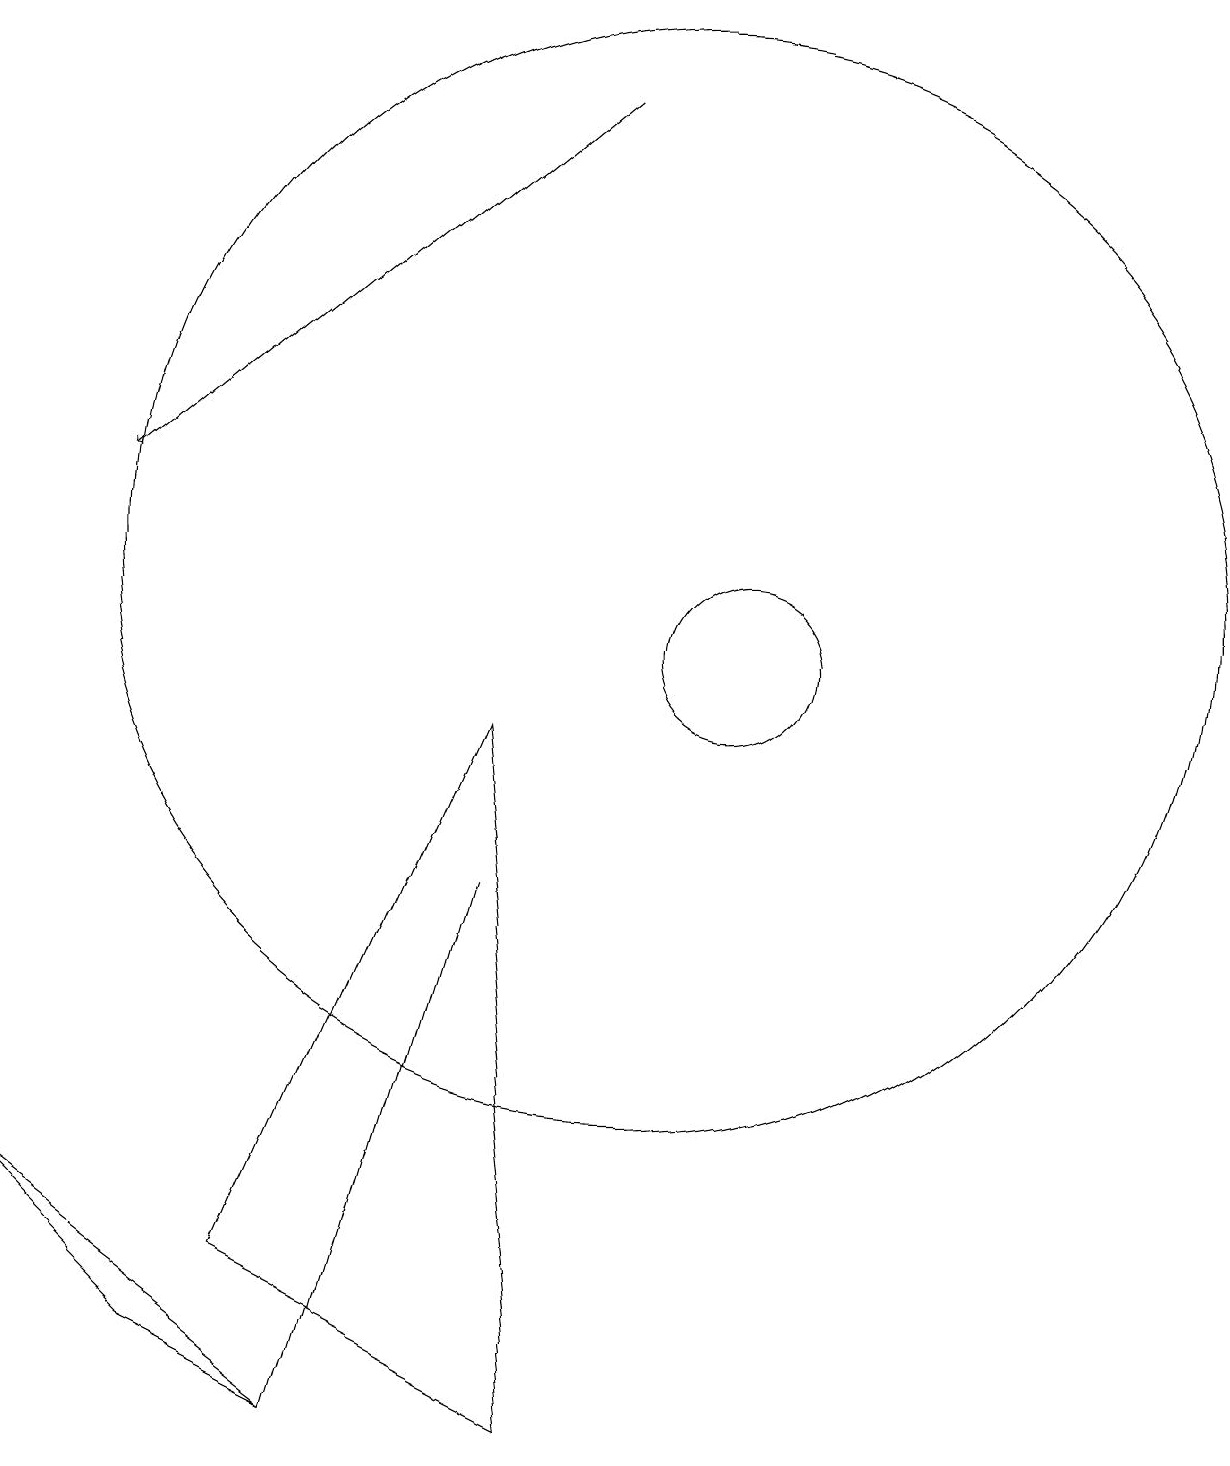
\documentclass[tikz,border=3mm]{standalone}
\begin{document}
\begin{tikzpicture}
\draw (6,0) -- (2,3) -- (4,1) -- cycle;
\draw (10,11) circle (7);
\draw[->] (9,17) -- (3,12);
\draw (5,2) -- (9,0) -- (8,9) -- cycle;
\draw (6,0) -- (8,7) -- (6,0) -- cycle;
\draw (11,10) circle (1);
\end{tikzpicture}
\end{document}